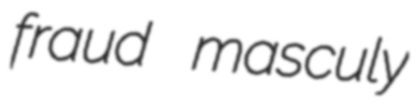
fraud masculy